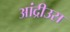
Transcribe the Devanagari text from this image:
आंद्रीउस